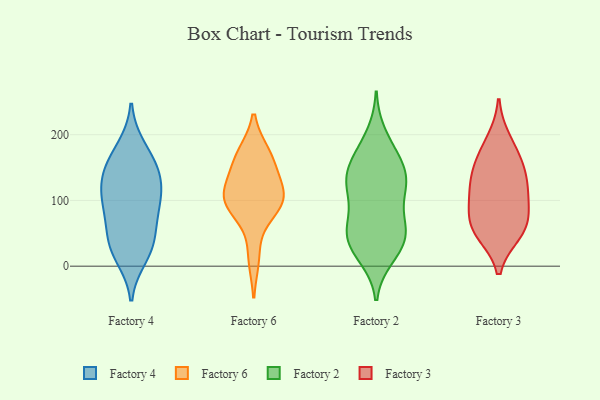
{"axis": {"x": "Energy Usage (MWh)", "y": "Value"}, "legend": ["Factory 2", "Factory 3", "Factory 4", "Factory 6"], "data": [{"x": "", "y": 144, "type": "Factory 4"}, {"x": "", "y": 92, "type": "Factory 4"}, {"x": "", "y": 70, "type": "Factory 4"}, {"x": "", "y": 124, "type": "Factory 4"}, {"x": "", "y": 39, "type": "Factory 4"}, {"x": "", "y": 145, "type": "Factory 4"}, {"x": "", "y": 34, "type": "Factory 4"}, {"x": "", "y": 15, "type": "Factory 4"}, {"x": "", "y": 180, "type": "Factory 4"}, {"x": "", "y": 93, "type": "Factory 4"}, {"x": "", "y": 166, "type": "Factory 4"}, {"x": "", "y": 99, "type": "Factory 4"}, {"x": "", "y": 128, "type": "Factory 4"}, {"x": "", "y": 28, "type": "Factory 4"}, {"x": "", "y": 111, "type": "Factory 6"}, {"x": "", "y": 160, "type": "Factory 6"}, {"x": "", "y": 95, "type": "Factory 6"}, {"x": "", "y": 121, "type": "Factory 6"}, {"x": "", "y": 105, "type": "Factory 6"}, {"x": "", "y": 169, "type": "Factory 6"}, {"x": "", "y": 88, "type": "Factory 6"}, {"x": "", "y": 14, "type": "Factory 6"}, {"x": "", "y": 96, "type": "Factory 6"}, {"x": "", "y": 164, "type": "Factory 6"}, {"x": "", "y": 133, "type": "Factory 2"}, {"x": "", "y": 14, "type": "Factory 2"}, {"x": "", "y": 145, "type": "Factory 2"}, {"x": "", "y": 43, "type": "Factory 2"}, {"x": "", "y": 20, "type": "Factory 2"}, {"x": "", "y": 60, "type": "Factory 2"}, {"x": "", "y": 126, "type": "Factory 2"}, {"x": "", "y": 170, "type": "Factory 2"}, {"x": "", "y": 119, "type": "Factory 2"}, {"x": "", "y": 121, "type": "Factory 2"}, {"x": "", "y": 126, "type": "Factory 2"}, {"x": "", "y": 97, "type": "Factory 2"}, {"x": "", "y": 55, "type": "Factory 2"}, {"x": "", "y": 51, "type": "Factory 2"}, {"x": "", "y": 46, "type": "Factory 2"}, {"x": "", "y": 70, "type": "Factory 2"}, {"x": "", "y": 28, "type": "Factory 2"}, {"x": "", "y": 200, "type": "Factory 2"}, {"x": "", "y": 156, "type": "Factory 2"}, {"x": "", "y": 171, "type": "Factory 2"}, {"x": "", "y": 51, "type": "Factory 3"}, {"x": "", "y": 55, "type": "Factory 3"}, {"x": "", "y": 69, "type": "Factory 3"}, {"x": "", "y": 98, "type": "Factory 3"}, {"x": "", "y": 122, "type": "Factory 3"}, {"x": "", "y": 134, "type": "Factory 3"}, {"x": "", "y": 191, "type": "Factory 3"}, {"x": "", "y": 107, "type": "Factory 3"}, {"x": "", "y": 60, "type": "Factory 3"}, {"x": "", "y": 154, "type": "Factory 3"}, {"x": "", "y": 164, "type": "Factory 3"}]}